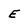
Character: E